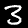
Digit: 3